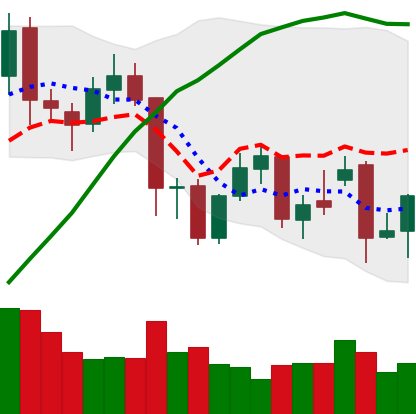
Ticker: XMR-USD
Chart end date: 2021-11-28
Forward return: -6.462%
Label: down_5_7